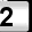
Digit: 2